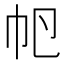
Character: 𢁡